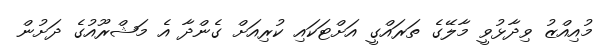
މުއިއްޒު ވިދާޅުވީ މާލޭގެ ތަރައްގީ އަށްޓަކައި ކުރިއަށް ގެންދާ އެ މަޝްރޫއުގެ ދަށުން